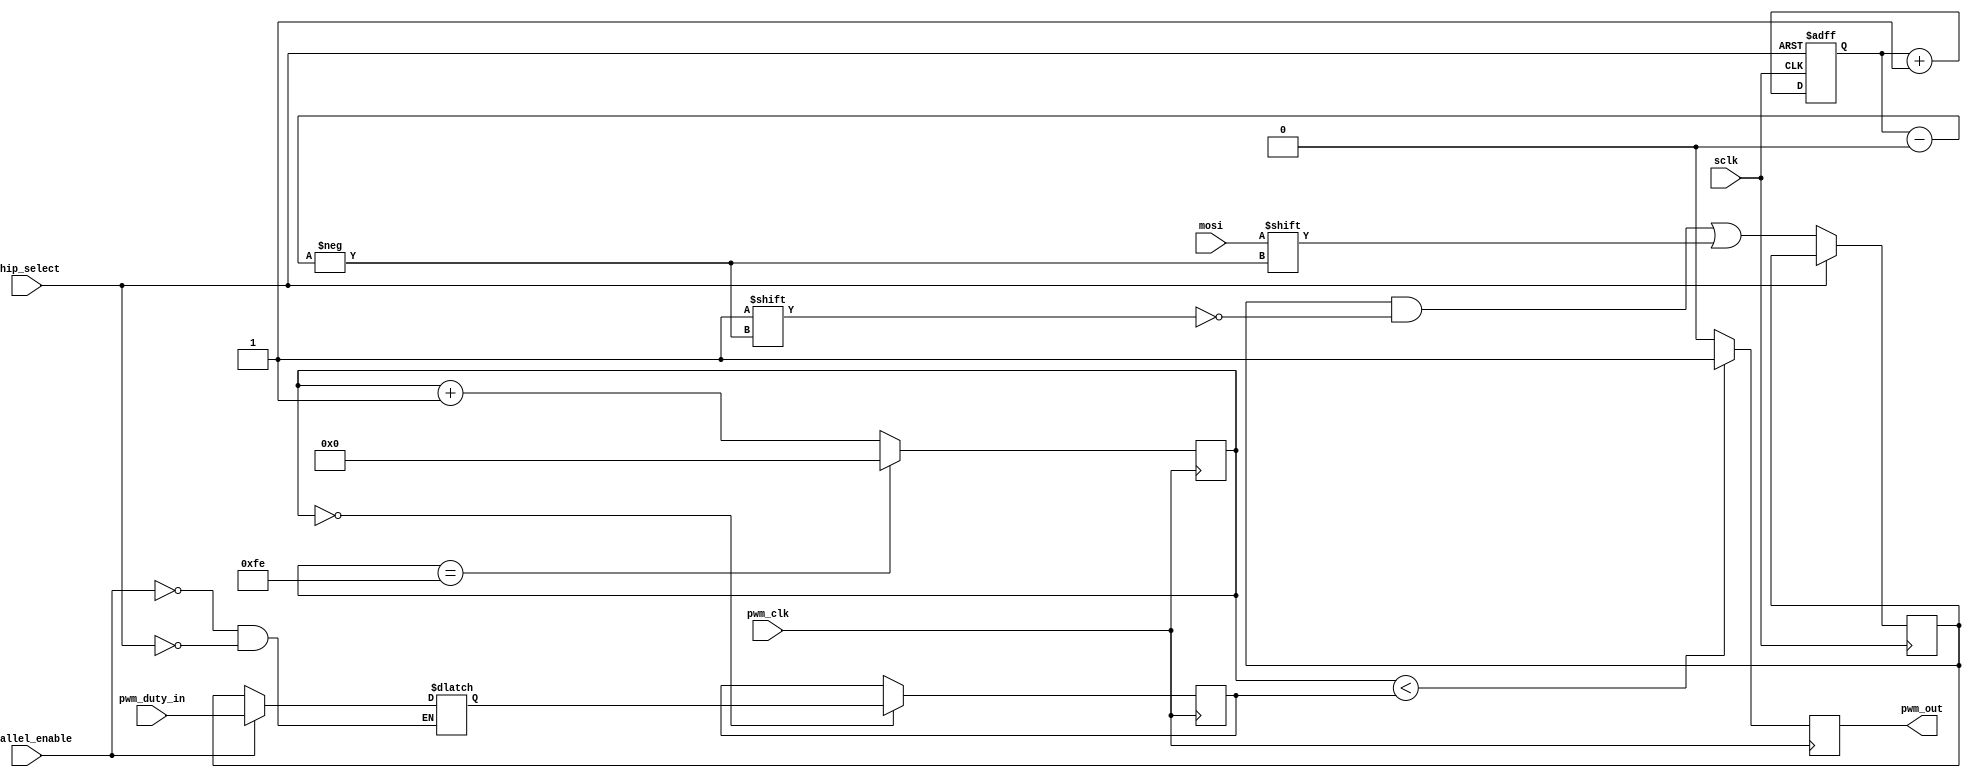
module pwm_module (input wire pwm_clk, chip_select, mosi, sclk, parallel_enable,
						 input wire [7:0] pwm_duty_in,
						 output reg pwm_out);
			// I/O:
			// chip_select - active low, acts as chip select for the SPI bus. Enables SPI communication when low.
			// mosi - Master Out Slave In data pin for SPI bus
			// sclk - clock pin for SPI bus
			// parallel_enable - when high, the duty cycle is determined by the pwm_duty_in parallel bus.
			//							when low, the duty cycle is determined by the SPI bus.
			// pwm_duty_in - the 8 bit bus that allows the PWM duty cycle to be directly set 
			// pwm_out - the output pin that generates the PWM signal with the duty cycle dictated by 
			//				 either the SPI bus or the parallel bus.
			// pwm_clk - the clock signal that is used to generate the PWM signal. The PWM frequency will be 1/254th
			//				 the frequency of the pwm_clk input clock frequency
						 
	reg [7:0] pwm_duty_out, pwm_duty, pwm_counter, spi_in;
	
			// pwm_duty_out - the register that holds the pwm duty cycle that the pwm_out pin is currently outputting
			// pwm_duty - the intermediate register that holds the duty cycle to be outputted on the next PWM period
			// pwm_counter - the counter that counts PWM clock pulses in order to generate the proper duty cycle
			// spi_in - the register that holds the SPI bits as they are being recieved

	reg [2:0] spi_counter;	// spi_counter counts the 8 bits (from 0 to 7) being recieved over SPI
	
	
	always @ (posedge sclk, posedge chip_select)
		begin
			if (chip_select)			// When chip_select goes high, SPI communication is over
				spi_counter <= 0;		// spi_counter is reset to 0 for the next transferred byte
			else												// If chip_select is low, that means we posedge clock has been triggered
				begin											// therefore, we are shifting in the next bit over SPI.
					spi_in[spi_counter] <= mosi;		// The current SPI bit is obtained from the MOSI pin and stored in the spi_in reg
					spi_counter <= spi_counter + 1;	// Add 1 to spi_counter so that the next bit is shifted in next time
				end
		end	
		
	always @ *
		begin
			if(parallel_enable)				// If parallel_enable is high, the pwm duty cycle is determined by the pwm_duty_in parallel input
				pwm_duty <= pwm_duty_in;	// Save the duty cycle input to the intermediate pwm_duty register
			else								// If parallel_enable is low, the pwm duty cycle is determined by the SPI input
				if(chip_select)			// If chip_select is high, then the SPI transfer is over and the spi_in byte is ready to be used
					pwm_duty <= spi_in;	// Save the byte recieved over SPI to the intermediate pwm_duty register
		end

	always @ (posedge pwm_clk)					// Triggered every pwm_clk pulse
		begin
			if (pwm_counter < pwm_duty_out)	// This if/else statement makes sure that 
				pwm_out <= 1;						// pwm_out is high for pwm_duty_out number of cycles
			else										// out of 255 total cycles
				pwm_out <= 0;
				
		if (pwm_counter == 0)					// When pwm_counter is 0, a cycle has been completed and the updated pwm duty cycle
			pwm_duty_out <= pwm_duty;			// from the intermedate pwm_duty register can be loaded into the pwm_duty_out register
														// which controls how many cycles pwm_out is high for.
		pwm_counter <= pwm_counter + 1;		// pwm_counter is incremented here since we have completed a cycle
		
		if(pwm_counter == 254) 	// This causes the counter to reset before 255. This is important because otherwise we would
			pwm_counter <= 0;		// see a pulse to low even if the duty cycle is set to 255.
		end
		
endmodule